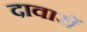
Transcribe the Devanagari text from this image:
दावारों